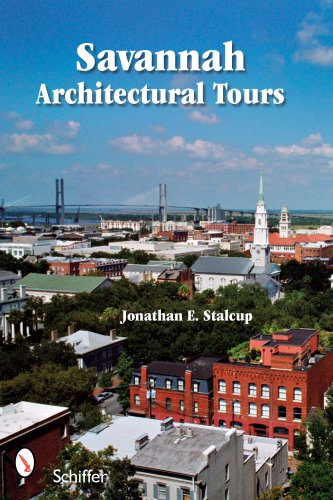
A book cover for Savannah Architectural Tours; Jonathan Stalcup; Travel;